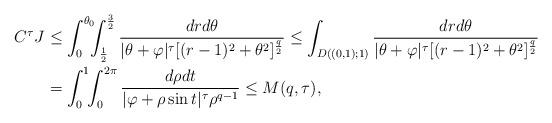
LaTeX: \begin{align*}C^\tau J & \leq\int_{0}^{\theta_{0}}\!\!\!\int_{\frac{1}{2}}^{\frac{3}{2}}\frac{dr d\theta}{|\theta+\varphi|^{\tau}[(r-1)^{2}+{\theta^{2}}]^{\frac{q}{2}}}\leq \int_{D((0,1);1)}\frac{dr d\theta}{|\theta+\varphi|^{\tau}[(r-1)^{2}+{\theta^{2}}]^{\frac{q}{2}}}\\ & =\int_0^1\!\!\int_0^{2\pi}\frac{d\rho dt}{|\varphi+\rho\sin t|^\tau \rho^{q-1}}\leq M(q,\tau),\end{align*}